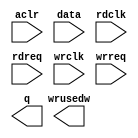
// megafunction wizard: %FIFO%VBB%
// GENERATION: STANDARD
// VERSION: WM1.0
// MODULE: dcfifo 

// ============================================================
// Megafunction Name(s):
// 			dcfifo
//
// Simulation Library Files(s):
// 			altera_mf
// ============================================================
// ************************************************************
// THIS IS A WIZARD-GENERATED FILE. DO NOT EDIT THIS FILE!
//
// 12.0 Build 232 07/05/2012 SP 1 SJ Web Edition
// ************************************************************

//Copyright (C) 1991-2012 Altera Corporation
//Your use of Altera Corporation's design tools, logic functions 
//and other software and tools, and its AMPP partner logic 
//functions, and any output files from any of the foregoing 
//(including device programming or simulation files), and any 
//associated documentation or information are expressly subject 
//to the terms and conditions of the Altera Program License 
//Subscription Agreement, Altera MegaCore Function License 
//Agreement, or other applicable license agreement, including, 
//without limitation, that your use is for the sole purpose of 
//programming logic devices manufactured by Altera and sold by 
//Altera or its authorized distributors.  Please refer to the 
//applicable agreement for further details.

module rdfifo (
	aclr,
	data,
	rdclk,
	rdreq,
	wrclk,
	wrreq,
	q,
	wrusedw);

	input	  aclr;
	input	[15:0]  data;
	input	  rdclk;
	input	  rdreq;
	input	  wrclk;
	input	  wrreq;
	output	[15:0]  q;
	output	[8:0]  wrusedw;
`ifndef ALTERA_RESERVED_QIS
// synopsys translate_off
`endif
	tri0	  aclr;
`ifndef ALTERA_RESERVED_QIS
// synopsys translate_on
`endif

endmodule

// ============================================================
// CNX file retrieval info
// ============================================================
// Retrieval info: PRIVATE: AlmostEmpty NUMERIC "0"
// Retrieval info: PRIVATE: AlmostEmptyThr NUMERIC "-1"
// Retrieval info: PRIVATE: AlmostFull NUMERIC "0"
// Retrieval info: PRIVATE: AlmostFullThr NUMERIC "-1"
// Retrieval info: PRIVATE: CLOCKS_ARE_SYNCHRONIZED NUMERIC "1"
// Retrieval info: PRIVATE: Clock NUMERIC "4"
// Retrieval info: PRIVATE: Depth NUMERIC "512"
// Retrieval info: PRIVATE: Empty NUMERIC "1"
// Retrieval info: PRIVATE: Full NUMERIC "1"
// Retrieval info: PRIVATE: INTENDED_DEVICE_FAMILY STRING "Cyclone III"
// Retrieval info: PRIVATE: LE_BasedFIFO NUMERIC "0"
// Retrieval info: PRIVATE: LegacyRREQ NUMERIC "1"
// Retrieval info: PRIVATE: MAX_DEPTH_BY_9 NUMERIC "0"
// Retrieval info: PRIVATE: OVERFLOW_CHECKING NUMERIC "0"
// Retrieval info: PRIVATE: Optimize NUMERIC "0"
// Retrieval info: PRIVATE: RAM_BLOCK_TYPE NUMERIC "0"
// Retrieval info: PRIVATE: SYNTH_WRAPPER_GEN_POSTFIX STRING "0"
// Retrieval info: PRIVATE: UNDERFLOW_CHECKING NUMERIC "0"
// Retrieval info: PRIVATE: UsedW NUMERIC "1"
// Retrieval info: PRIVATE: Width NUMERIC "16"
// Retrieval info: PRIVATE: dc_aclr NUMERIC "1"
// Retrieval info: PRIVATE: diff_widths NUMERIC "0"
// Retrieval info: PRIVATE: msb_usedw NUMERIC "0"
// Retrieval info: PRIVATE: output_width NUMERIC "16"
// Retrieval info: PRIVATE: rsEmpty NUMERIC "0"
// Retrieval info: PRIVATE: rsFull NUMERIC "0"
// Retrieval info: PRIVATE: rsUsedW NUMERIC "0"
// Retrieval info: PRIVATE: sc_aclr NUMERIC "0"
// Retrieval info: PRIVATE: sc_sclr NUMERIC "0"
// Retrieval info: PRIVATE: wsEmpty NUMERIC "0"
// Retrieval info: PRIVATE: wsFull NUMERIC "0"
// Retrieval info: PRIVATE: wsUsedW NUMERIC "1"
// Retrieval info: LIBRARY: altera_mf altera_mf.altera_mf_components.all
// Retrieval info: CONSTANT: INTENDED_DEVICE_FAMILY STRING "Cyclone III"
// Retrieval info: CONSTANT: LPM_NUMWORDS NUMERIC "512"
// Retrieval info: CONSTANT: LPM_SHOWAHEAD STRING "OFF"
// Retrieval info: CONSTANT: LPM_TYPE STRING "dcfifo"
// Retrieval info: CONSTANT: LPM_WIDTH NUMERIC "16"
// Retrieval info: CONSTANT: LPM_WIDTHU NUMERIC "9"
// Retrieval info: CONSTANT: OVERFLOW_CHECKING STRING "ON"
// Retrieval info: CONSTANT: RDSYNC_DELAYPIPE NUMERIC "4"
// Retrieval info: CONSTANT: READ_ACLR_SYNCH STRING "OFF"
// Retrieval info: CONSTANT: UNDERFLOW_CHECKING STRING "ON"
// Retrieval info: CONSTANT: USE_EAB STRING "ON"
// Retrieval info: CONSTANT: WRITE_ACLR_SYNCH STRING "OFF"
// Retrieval info: CONSTANT: WRSYNC_DELAYPIPE NUMERIC "4"
// Retrieval info: USED_PORT: aclr 0 0 0 0 INPUT GND "aclr"
// Retrieval info: USED_PORT: data 0 0 16 0 INPUT NODEFVAL "data[15..0]"
// Retrieval info: USED_PORT: q 0 0 16 0 OUTPUT NODEFVAL "q[15..0]"
// Retrieval info: USED_PORT: rdclk 0 0 0 0 INPUT NODEFVAL "rdclk"
// Retrieval info: USED_PORT: rdreq 0 0 0 0 INPUT NODEFVAL "rdreq"
// Retrieval info: USED_PORT: wrclk 0 0 0 0 INPUT NODEFVAL "wrclk"
// Retrieval info: USED_PORT: wrreq 0 0 0 0 INPUT NODEFVAL "wrreq"
// Retrieval info: USED_PORT: wrusedw 0 0 9 0 OUTPUT NODEFVAL "wrusedw[8..0]"
// Retrieval info: CONNECT: @aclr 0 0 0 0 aclr 0 0 0 0
// Retrieval info: CONNECT: @data 0 0 16 0 data 0 0 16 0
// Retrieval info: CONNECT: @rdclk 0 0 0 0 rdclk 0 0 0 0
// Retrieval info: CONNECT: @rdreq 0 0 0 0 rdreq 0 0 0 0
// Retrieval info: CONNECT: @wrclk 0 0 0 0 wrclk 0 0 0 0
// Retrieval info: CONNECT: @wrreq 0 0 0 0 wrreq 0 0 0 0
// Retrieval info: CONNECT: q 0 0 16 0 @q 0 0 16 0
// Retrieval info: CONNECT: wrusedw 0 0 9 0 @wrusedw 0 0 9 0
// Retrieval info: GEN_FILE: TYPE_NORMAL rdfifo.v TRUE
// Retrieval info: GEN_FILE: TYPE_NORMAL rdfifo.inc FALSE
// Retrieval info: GEN_FILE: TYPE_NORMAL rdfifo.cmp FALSE
// Retrieval info: GEN_FILE: TYPE_NORMAL rdfifo.bsf FALSE
// Retrieval info: GEN_FILE: TYPE_NORMAL rdfifo_inst.v TRUE
// Retrieval info: GEN_FILE: TYPE_NORMAL rdfifo_bb.v TRUE
// Retrieval info: LIB_FILE: altera_mf